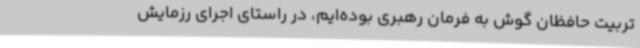
تربیت حافظان گوش‌ به‌ فرمان رهبری بوده‌ایم، در راستای اجرای رزمایش